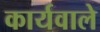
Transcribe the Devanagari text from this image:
कार्यवाले